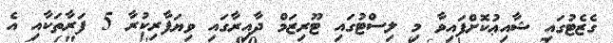
ގެޒެޓުގައި ޝާއިޢުކޮށްފައިވާ މި ލިސްޓުގައި ޓޫރިޒަމް ދާއިރާގައި ވިޔަފާރިކުރާ 5 ފަރާތަކާއި އެ